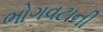
ભોગવટાની